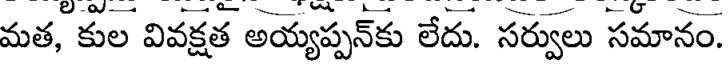
మత, కుల వివక్షత అయ్యప్పన్కు లేదు. సర్వులు సమానం.